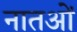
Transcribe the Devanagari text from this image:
नातओं